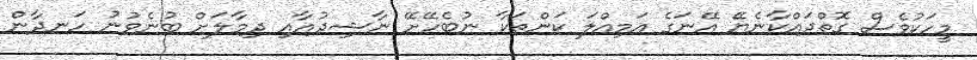
މީހަކުވެސް ގޮތްދައްކާނެޔޭ އޭނަގެ އަމިއްލަ ކަންތަކާ ނުބެހޭށޭ ނާޝިދުއާއި ދިމާލަށް ބުނެވުނު ހަނދާން